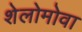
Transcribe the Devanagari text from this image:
शेलोमोवा